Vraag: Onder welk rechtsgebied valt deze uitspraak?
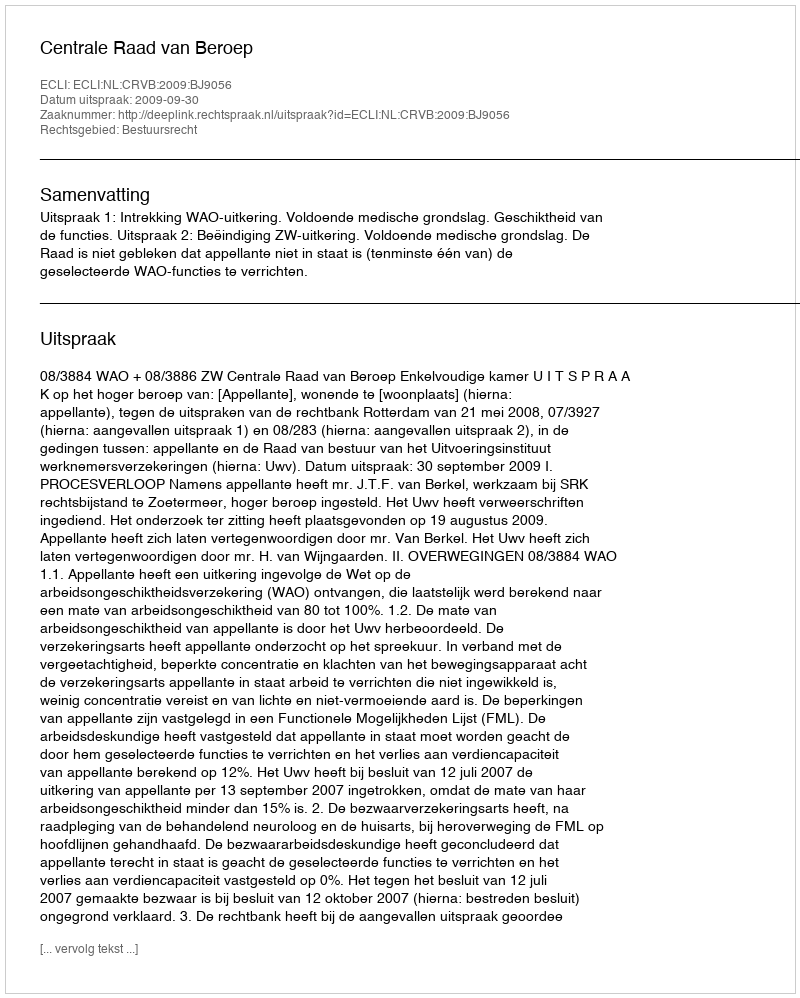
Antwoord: Bestuursrecht